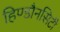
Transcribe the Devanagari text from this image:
हिण्डौनसिटी